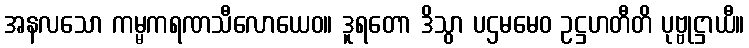
အနလသော ကမ္မကရဏသီလောယေဝ။ ဒူရတော ဒိသွာ ပဌမမေဝ ဥဋ္ဌဟတီတိ ပုဗ္ဗုဋ္ဌာယီ။